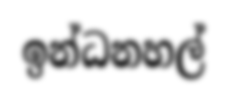
ඉන්ධනහල්